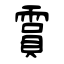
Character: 霣